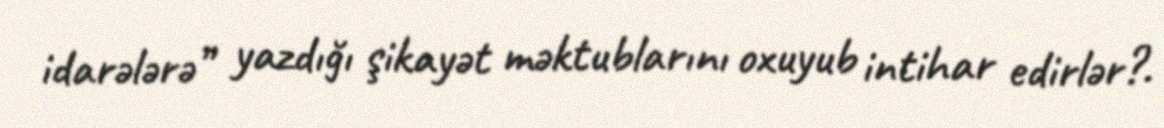
idarələrə” yazdığı şikayət məktublarını oxuyub intihar edirlər?.